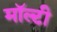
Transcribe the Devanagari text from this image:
मॉल्टी